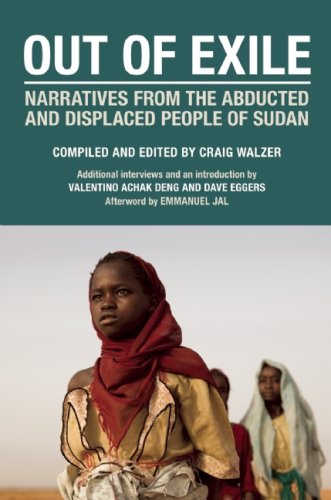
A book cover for Out of Exile: Narratives from the Abducted and Displaced People of Sudan (Voice of Witness); History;